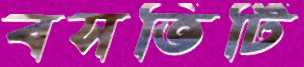
বসতিটি